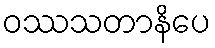
ဝဿသတာနိပေ